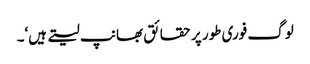
لوگ فوری طور پر حقائق بھانپ لیتے ہیں‘۔